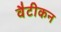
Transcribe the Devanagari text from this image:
वैटीकन